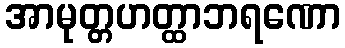
အာမုတ္တဟတ္ထာဘရဏော